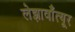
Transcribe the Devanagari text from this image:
लेझावाँत्यूर